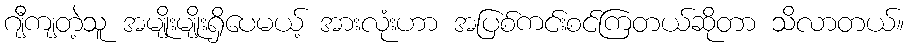
ဂျီကျတဲ့သူ အမျိုးမျိုးရှိပေမယ့် အားလုံးဟာ အပြစ်ကင်းစင်ကြတယ်ဆိုတာ သိလာတယ်။